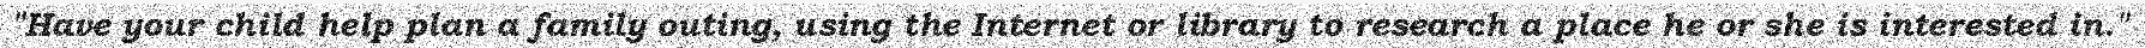
"Have your child help plan a family outing, using the Internet or library to research a place he or she is interested in."